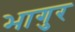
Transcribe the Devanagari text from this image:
भागुर